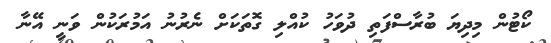
ކޯޓުން މިދިޔަ ބުރާސްފަތި ދުވަހު ކުއްލި ގޮތަކަށް ނެރުނު އަމުރަކުން ވަނީ އޭނާ